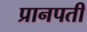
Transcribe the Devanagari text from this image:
प्रानपती